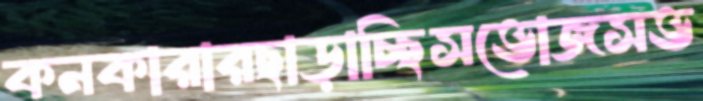
কনকারারছাড়াচ্ছিসভোজসভ